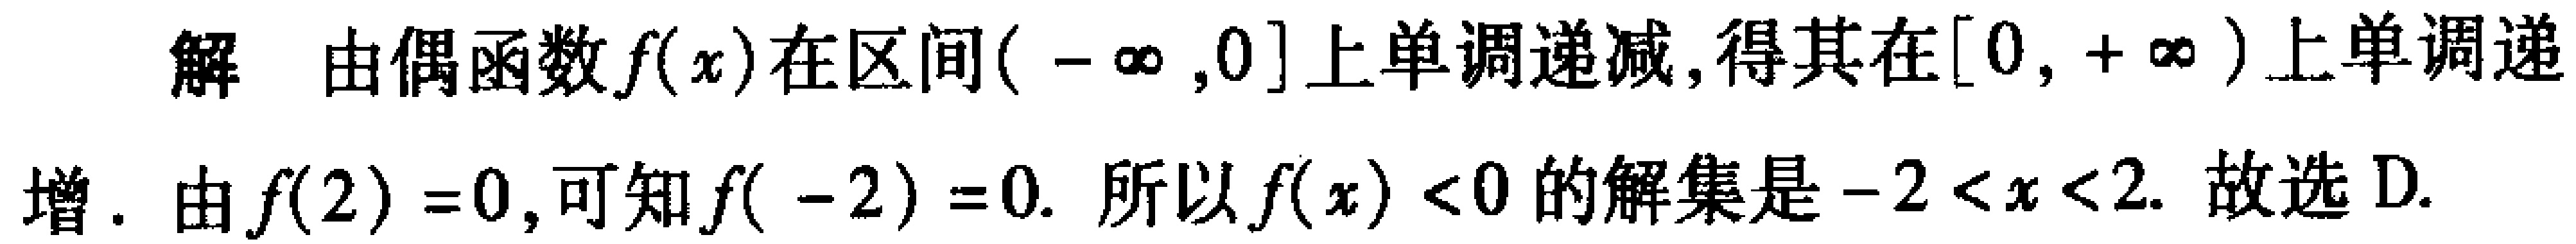
解 由偶函数\(f(x)\)在区间\((-\infty,0]\)上单调递减, 得其在\([0,+\infty)\)上单调递增. 由\(f(2)=0\), 可知\(f(-2)=0\). 所以\(f(x)<0\)的解集是\(-2 < x < 2\). 故选D.